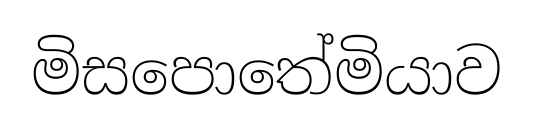
මිසපොතේමියාව